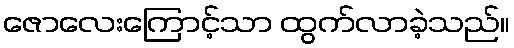
ဇောလေးကြောင့်သာ ထွက်လာခဲ့သည်။